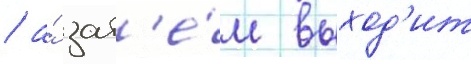
/ а́ зат'е́м выход'ит